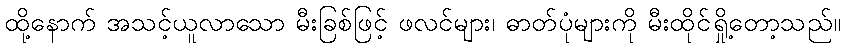
ထို့နောက် အသင့်ယူလာသော မီးခြစ်ဖြင့် ဖလင်များ၊ ဓာတ်ပုံများကို မီးထိုင်ရှို့တော့သည်။